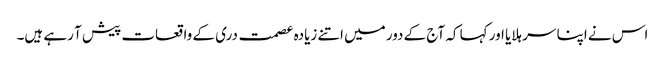
اس نے اپنا سر ہلایا اور کہا کہ آج کے دور میں اتنے زیادہ عصمت دری کے واقعات پیش آ رہے ہیں۔